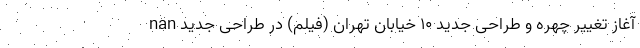
nan آغاز تغییر چهره و طراحی جدید ۱۰ خیابان تهران (فیلم) در طراحی جدید